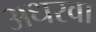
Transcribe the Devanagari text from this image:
अधरवा